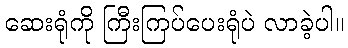
ဆေးရုံကို ကြီးကြပ်ပေးရုံပဲ လာခဲ့ပါ။